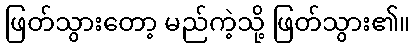
ဖြတ်သွားတော့ မည်ကဲ့သို့ ဖြတ်သွား၏။